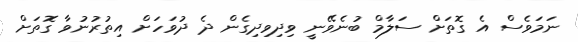
ނަމަވެސް އެ ގޮތަށް ސަލާމް ބުނެވޭނީ ވިދިވިދިގެން ދެ ދުވަހަށް އިތުރުނުވާ ގޮތަށް